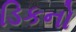
ડિકનો